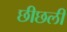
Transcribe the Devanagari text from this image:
छीछली